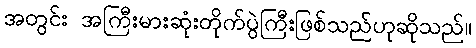
အတွင်း အကြီးမားဆုံးတိုက်ပွဲကြီးဖြစ်သည်ဟုဆိုသည်။